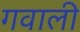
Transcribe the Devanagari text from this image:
गवाली